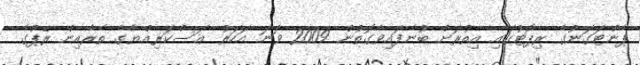
ޕެންޓަގަނުގެ ރިޕޯޓުގައި އިތުރަށް ބުނެފައިވާގޮތުން 2009 ވަނަ އަހަރު ޢަސްކަރިއްޔާގެ ތެރެއިން ރޭޕްގެ